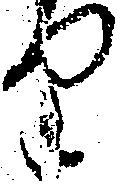
り